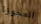
العجوزة